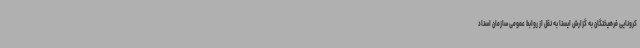
کرونایی فرهیختگان به گزارش ایسنا به نقل از روابط عمومی سازمان اسناد